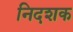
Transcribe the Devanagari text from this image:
निदशक